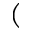
(